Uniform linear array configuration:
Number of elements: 64
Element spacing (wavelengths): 0.5
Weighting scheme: exponential
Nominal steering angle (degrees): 30
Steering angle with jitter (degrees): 31.182
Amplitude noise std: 0.05
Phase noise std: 0.05

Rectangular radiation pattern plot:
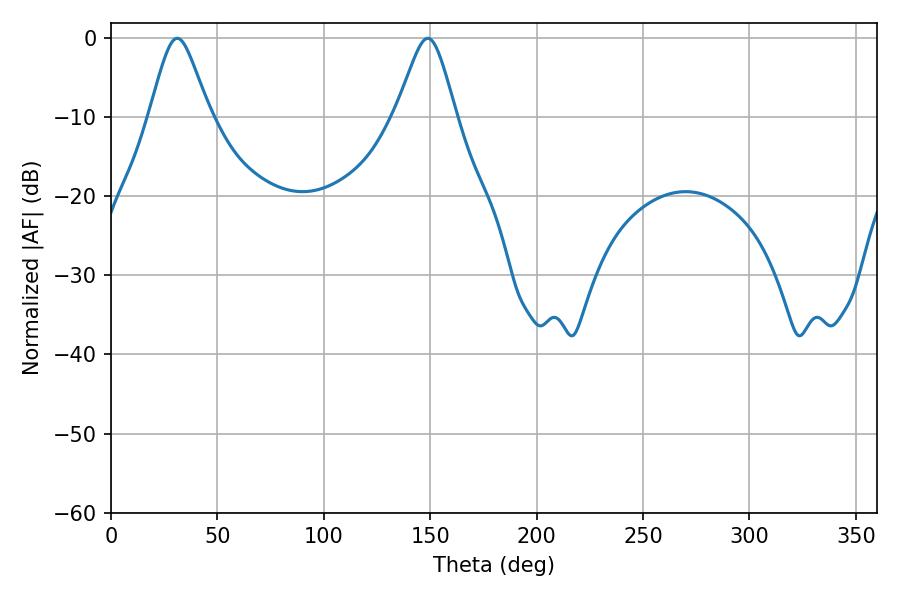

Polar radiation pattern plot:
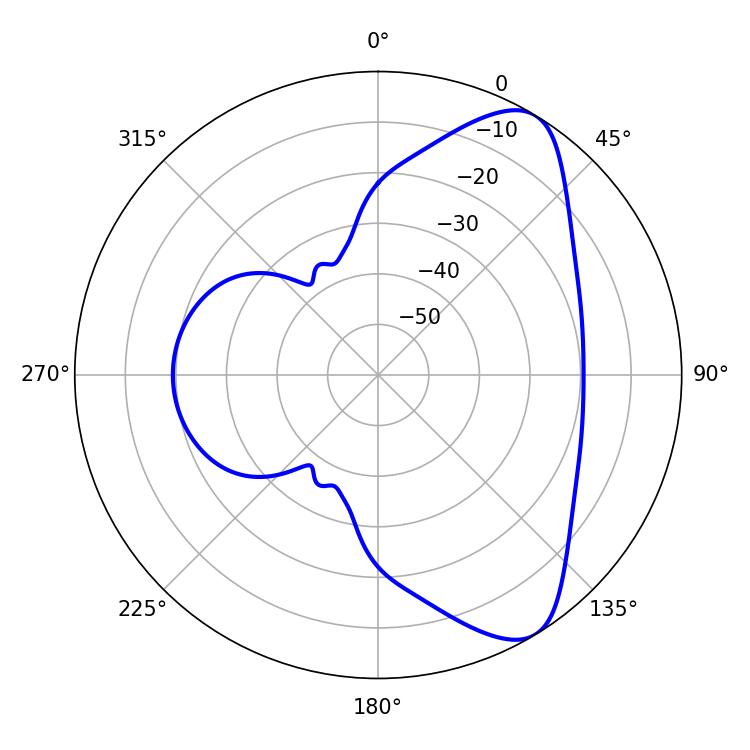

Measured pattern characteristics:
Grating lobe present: FALSE
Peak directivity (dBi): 8.068
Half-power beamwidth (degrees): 13.5
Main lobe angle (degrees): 31.14